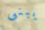
يبنى